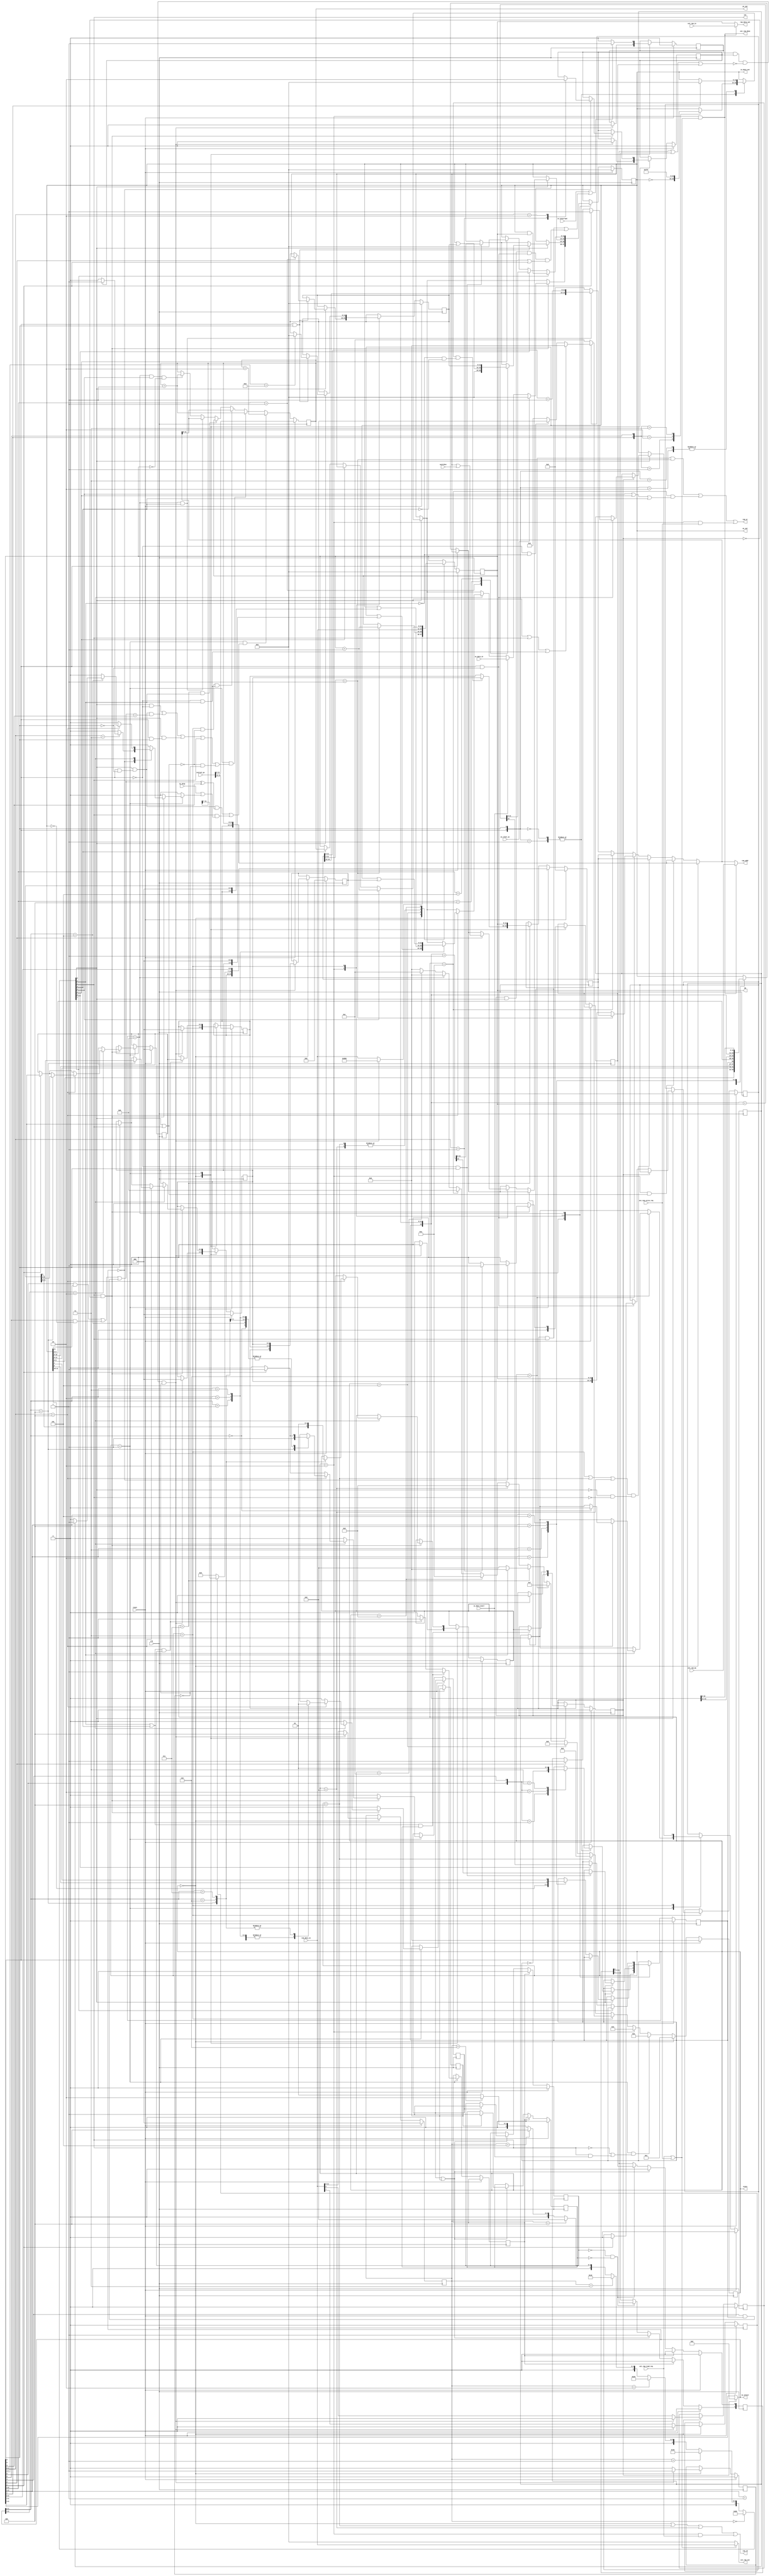
// PDP-8/I in verilog
// copyright Brad Parker <brad@heeltoe.com> 2005-2010
// 
// Based on descriptions in "Computer Engineering" and various PDP-8/I manuals
// fully implements extended memory (IF & DF) and user mode (KT8/I)
//
// Mar 2010
//	co-simulation with simh & behavioral model to boot TSS/8
//	passes 8/I instruction and extended memory diags
//	split out peripherals, added external dma
// Apr 2009
//	major revamp for synthesis, removed latches, added muxes, new top
// Jan 2007
//	cleaned up state machines for synthesis
// 	finished extended memory (IF & DF), user mode (KT8/I)
//	added rf08 registers
// Dec 2006
//	cleaned up a little; now runs focal to prompt
//	moved i/o out to pdp8_io.v
//	added IF, DF, user mode
// Nov 2005 Brad Parker brad@heeltoe.com
//	initial work; runs focal a bit
//

//   
// Instruction format:
//
//  0  1  2   3   4   5   6   7   8   9  10  11
// 11 10  9   8   7   6   5   4   3   2   1   0
// |--op--|
// 0 and
// 1 tad
// 2 isz
// 3 dca
// 4 jms
// 5 jmp
// 6 iot
// 7 opr
// 11 10  9   8   7   6   5   4   3   2   1   0
// group 1
//            0
//               |cla|clf|       |          |
//               |   |   |cma cml|          |
//                               |bsw 001   |
//                               |ral 010   |
//                               |rtl 011   |
//                               |rar 100   |
//                               |rtr 101   |
//                               |          |iac
//
// 11 10  9   8   7   6   5   4   3   2   1   0
// group 2
//            1                               0
//                   |sma|sza|snl|skp|      |
//               |cla|
//                                   |osr|hlt
//
// group 3
// 11 10  9   8   7   6   5   4   3   2   1   0
// eae
//            1                               1
//               |cla|
//                   |mqa|sca|mql|
//                               |isn       |
// 
//

//
// cpu states
//
//  F0 read ram[IF,pc]
//  F1 incr pc
//  F2 ?
//  F3 dispatch
//
// then
//
//    E0 read ram[ea]
//    E1 decode
//    E2 write ram
//    E3 load
//
// or
//
//    D0 read ram[ea]
//    D1 wait
//    D2 write ram
//    D3 load
//
//  H0 halted
//
// ------
// Rules for address calculation
// 0 and
// 1 tad
// 2 isz
// 3 dca
//
// //	11
//	109876543210
//      cccIZooooooo
//
//	bit 8 - indirect
//	bit 7 - page 0
//	bits 6:0 offset
//
//	if 8:7 == 2'b00
//		ea =     IF, pc[11:7], offset[6:0]    ;; current page
//	if 8:7 == 2'b01
//		ea =     IF, 5'b0, offset[6:0]	      ;; page 0
//	if 8:7 == 2'b10
//		ea = (DF, MA( IF, pc[11:7], offset[6:0] ))  ;; *(current page)
//	if 8:7 == 2'b11
//		ea = (DF, MA( IF, 5'b0, offset[6:0] ))      ;; *(page 0)

// 4 jms
// 5 jmp
// 
// ------
// 
//	ea <= if Z
//		if I
//			{DF, 5'b0,     mb[6:0]};
//		else
//			{IF, 5'b0,     mb[6:0]};
//	    else
//		if I
//			{DF, pc[11:7], mb[6:0]};
//		else
//			{IF, pc[11:7], mb[6:0]};
// 
// ------
//
// Actions take during each state:
//
//  F0 fetch
//	ma = {IF,pc}
//	check for interrupt
//
//  F1 incr pc
//	ma = 0
//	ea <= { IF, ir_z_flag ? pc[11:7] : 5'b0, mb[6:0] };
//
//	if opr
//		group 1 processing
// 		group 2 processing
// 
// 	if iot
// 
//	incr pc or skip (incr pc by 2)
// 
//  F2 ??
// 	ma = pc
// 
//  F3 dispatch
//	ma = ea
//	if opr
//		group1 processing
//	if !opr && !iot
// 		possible defer
// 
//  D0
//	ma = ea
//	mb <= ram[ma]
//  D1
//	ma = 0
//  D2 (write index reg)
//	ma = index reg ? ea : {DF,mb}
//	ram_wr = 1
//  D3
//	ea <= mb
//	ma = 0
//
//  E0
//	ma = ea
//	mb <= ram[ma]
//  E1
//	ma = 0
//  E2 (write isz value, dca value, jms return)
//	ma = ea
//	ram_wr = 1
//  E3
//	ma = ea + 1 (only bottom 12 bits)
//

//
// extended memory
//
// 62n1	cdf	change data field; df <= mb[5:3]
// 62n2 cif	change instruction field; if <= mb[5:3], after next jmp or jms
// 6214	rdf     read df into ac[5:3]
// 6224	rif     read if into ac[5:3]
// 6234	rib     read sf into ac[5:0], which is {if,df}
// 6244	rmf     restore memory field, sf => ib, df
// 		(remember that on interrupt, sf <= {if,df})
//

module pdp8(clk, reset, initial_pc, pc_out, ac_out,
	    ram_addr, ram_data_out, ram_data_in, ram_rd, ram_wr,
	    io_select, io_data_out, io_data_in,
	    io_data_avail, io_interrupt, io_skip, io_clear_ac,
	    switches, iot, state, mb,
	    ext_ram_read_req, ext_ram_write_req, ext_ram_done,
	    ext_ram_ma, ext_ram_in, ext_ram_out);

   input clk, reset;
   input [14:0] initial_pc;
   input [11:0] ram_data_in;
   output 	ram_rd;
   output 	ram_wr;
   output [11:0] ram_data_out;
   output [14:0] ram_addr;
   output [11:0] pc_out;
   output [11:0] ac_out;
   
   output [5:0]  io_select;
   input [11:0]  io_data_in;
   output [11:0] io_data_out;

   input 	 io_data_avail;
   input 	 io_interrupt;
   input 	 io_skip;
   input 	 io_clear_ac;

   output 	 iot;
   output [3:0]  state;
   output [11:0] mb;
   
   input [11:0] switches;

   input 	ext_ram_read_req;
   input 	ext_ram_write_req;
   input [14:0] ext_ram_ma;
   input [11:0] ext_ram_in;

   output 	ext_ram_done;
   output [11:0] ext_ram_out;
   

   // memory buffer, holds data, instructions
   reg [11:0] 	mb;

   // generate address of work in memory being accessed
   wire [14:0] 	ma;

   // accumulator & link
   reg [11:0] 	ac;
   reg 		l;

   // MQ
   reg [11:0] 	mq;
   
   // program counter
   reg [11:0] 	pc;
   wire 	pc_incr, pc_skip;

   // instruction register
   reg [2:0] 	ir;
   reg 		ir_z_flag;
   reg 		ir_i_flag;
   

   // extended memory - instruction field & data field
   reg [2:0] 	IF;
   reg [2:0] 	DF;
   reg [2:0] 	IB;
   reg [6:0] 	SF;		// { UF, IF[2:0], DF[2:0] }
   reg 		IB_pending;
   
   // user mode
   reg 		UB;	// user_buffer
   reg 		UF;	// user_flag
   reg		UI;	// user_interrupt
   reg		UB_pending;
 		
   // processor state
   reg [3:0] 	state;
   wire [3:0] 	next_state;

   reg 		run;
   reg 		interrupt_enable;
   reg 		interrupt_cycle;
   reg [1:0]	interrupt_inhibit_delay;
   reg 		interrupt_skip;

   reg 		interrupt;
   
   wire 	interrupt_inhibit;
   wire 	skip_condition;

   wire 	user_interrupt;
 	
   wire 	fetch;	// memory cycle to fetch instruction
   wire 	deferred;// memory cycle to get address of operand
   wire 	execute;// memory cycle to getch (store) operand and execute isn

   assign 	{fetch, deferred, execute} =
		    (state[3:2] == 2'b00) ? 3'b100 :
		    (state[3:2] == 2'b01) ? 3'b010 :
		    (state[3:2] == 2'b10) ? 3'b001 :
		    3'b000 ;

   // instruction op decode
   wire 	i_and,tad,isz,dca,jms,jmp,iot,opr;

   assign 	{i_and,tad,isz,dca,jms,jmp,iot,opr} =
			(ir == 3'b000) ? 8'b10000000 :
			(ir == 3'b001) ? 8'b01000000 :
			(ir == 3'b010) ? 8'b00100000 :
			(ir == 3'b011) ? 8'b00010000 :
			(ir == 3'b100) ? 8'b00001000 :
			(ir == 3'b101) ? 8'b00000100 :
			(ir == 3'b110) ? 8'b00000010 :
		                         8'b00000001 ;


   //-------------

   /*
    * note: bit numbering is opposite that used in "Computer Engineering"
    * 
    * F1
    *	if opr
    * 	  if MB[8] and !MB[0]
    * 	    begin
    * 		if skip.conditions ^ MB[3]
    * 			pc <= pc + 2
    * 		if skip.conditions == MB[3]
    * 			pc <= pc + 1 next
    * 		if MB[7]
    * 			ac <= 0
    *
    * skip conditions are only valid during F1
    *
    */
   assign 	skip_condition = (mb[6] && ac[11]) ||
				 (mb[5] && (ac == 12'b0)) ||
				 (mb[4] && l);

   assign 	pc_incr =
			 /* group 1 */
		  (opr & !mb[8]) ||
			 /* group 2 */
		  (opr && (mb[8] && !mb[0]) && (skip_condition == mb[3])) ||
			 /* group 3? */
		  (opr && (mb[8] && mb[0])) ||
		  iot ||
		  (!(opr || iot) && !interrupt_cycle);

   assign 	pc_skip =
		  (opr && (mb[8] && !mb[0]) && (skip_condition ^ mb[3])) ||
		  (iot && (io_skip || interrupt_skip));

   assign	user_interrupt =
				// i/o operation
				(UF && iot) ||
				// group 2 - user mode halt or osr
				(UF && opr && (mb[8] & !mb[0]) && (mb[2] | mb[1]));
     
   // cpu states
   parameter [3:0]
		F0 = 4'b0000,
		F1 = 4'b0001,
		F2 = 4'b0010,
		F3 = 4'b0011,

		D0 = 4'b0100,
		D1 = 4'b0101,
		D2 = 4'b0110,
		D3 = 4'b0111,

		E0 = 4'b1000,
		E1 = 4'b1001,
		E2 = 4'b1010,
		E3 = 4'b1011,

		H0 = 4'b1100;

   // for display
   assign pc_out = pc;
   assign ac_out = ac;

   //
   // cpu state state machine
   // 
   // clock next cpu state at rising edge of clock
   //

   always @(posedge clk)
     if (reset)
       state <= 0;
     else
       state <= next_state;

   wire next_is_F0;
   wire next_is_E0;
   
   assign next_is_F0 = opr | iot | (!mb[8] & jmp);
   assign next_is_E0 = !mb[8] & !jmp;
    
   assign next_state = state == F0 ? F1 :
		       state == F1 && (~iot | (iot & io_data_avail)) ? F2 :
//		       state == F1 && (iot & ~io_data_avail) ? F1 :
		       state == F2 ? F3 :
		       state == F3 ? (~run ? H0 :
				      next_is_F0 ? F0 :
				      next_is_E0 ? E0 :
				      D0) :
		       state == D0 ? D1 :
		       state == D1 ? D2 :
		       state == D2 ? D3 :
		       state == D3 ? (jmp ? F0 : E0) :
		       state == E0 ? E1 :
		       state == E1 ? E2 :
		       state == E2 ? E3 :
		       state == E3 ? F0 :
		       state == H0 ? H0 :
		       F0;

   //
   // pc
   //
   wire [11:0] pc_mux;

   always @(posedge clk)
     if (reset)
       pc <= initial_pc[11:0];
     else
       begin
	  pc <= pc_mux;
       end

   assign pc_mux = (state == F1 && pc_skip) ? (pc + 12'd2) :
		   (state == F1 && pc_incr) ? (pc + 12'd1) :
		   (state == F3 && !(opr || iot) && (!mb[8] & jmp)) ? ma[11:0] :
		   (state == D3 && jmp) ? mb :
		   (state == E3 && jms) ? ma[11:0] :
		   (state == E3 && isz && mb == 12'b0) ? (pc + 12'd1) :
		   pc;

   //
   // ram
   //
   wire is_index_reg;

   assign ram_rd = (state == F0) ||
		   (state == D0) ||
		   (state == E0) ||
		   (state == F2 && ext_ram_read_req);

   assign ram_wr = (state == D2 && is_index_reg) ||
		   (state == E2 && (isz || dca || jms)) ||
		   (state == F2 && ext_ram_write_req);

   /* peripherals get ram access during F2 */
   wire ext_ram_req;
   wire ext_ram_grant;
   
   assign ext_ram_req = ext_ram_read_req | ext_ram_write_req;
   assign ext_ram_done = state == F2 && ext_ram_req;
   assign ext_ram_grant = state == F2 && ext_ram_req;
   assign ext_ram_out = ext_ram_req ? ram_data_in : 12'b0;
   
   assign ram_addr = ext_ram_grant ? ext_ram_ma : ma;
   assign ram_data_out = ext_ram_grant ? ext_ram_in : mb;

   assign io_select = UF ? 6'b0 : mb[8:3];
   assign io_data_out = ac;

   //
   // ea calculation
   //
   reg [14:0] ea;

   always @(posedge clk)
     if (reset)
       ea <= 0;
     else
	  if (state == F1)
	    ea <= { IF, ir_z_flag ? pc[11:7] : 5'b0, mb[6:0] };
	  else
	    if (state == D3)
	      ea <= { (ir_i_flag && (!jmp && !jms)) ? DF : IF, mb };

   assign is_index_reg = ea[11:3] == 9'o001;
   
   //
   // ma
   //
   assign ma = (state == F0) ? {IF,pc} :
               (state == F2 && (opr || iot)) ? {IF,pc} :
	       ((state == F3 || state == D0 || state == E0) &&
		(!opr && !iot)) ? ea :
	       (state == D2) ? (is_index_reg ? ea : {DF,mb}) :
	       (state == E2 ) ? ea :
	       (state == E3 && jms) ? {ea[14:12], ea[11:0] + 12'b1} :
	       15'b0;

   //
   // interrupt defer logic
   //
   reg 	  interrupt_inhibit_clear;
   reg 	  interrupt_inhibit_ib;
   reg 	  interrupt_inhibit_ub;
   reg 	  interrupt_inhibit_ion;

   assign interrupt_inhibit = interrupt_inhibit_delay[0] |
			      interrupt_inhibit_delay[1] |
			      interrupt_inhibit_ion;

   always @(posedge clk)
     if (reset)
       begin
	  interrupt_inhibit_delay <= 2'b00;
	  IB_pending <= 0;
	  UB_pending <= 0;
       end
     else
       if (interrupt_inhibit_clear)
	 begin
   	    interrupt_inhibit_delay <= 2'b00;
	    IB_pending <= 1'b0;
	    UB_pending <= 1'b0;
	 end
       else
	 if (interrupt_inhibit_ib || interrupt_inhibit_ub)
	   begin
   	      interrupt_inhibit_delay <= 2'b10;
	      if (interrupt_inhibit_ib)
		IB_pending <= 1;
	      if (interrupt_inhibit_ub)
		UB_pending <= 1;
	   end
	 else
	   if (~IB_pending && ~UB_pending)
	     begin
		interrupt_inhibit_delay[1] <= interrupt_inhibit_delay[0];
		interrupt_inhibit_delay[0] <= interrupt_inhibit_ion;
	     end

   //
   // combinatorial
   //
   always @(*)
     begin
	/* defaults - these should be comb logic */
//	interrupt_inhibit_clear = 1'b0;
//	interrupt_inhibit_ion = 1'b0;
//	interrupt_inhibit_ib = 1'b0;
//	interrupt_inhibit_ub = 1'b0;

	interrupt_skip = 0;
	
	/* verilator lint_off CASEINCOMPLETE */
	case (state)
	  F1:
	    begin

//	      if ((jmp || jms) && IB_pending)
//		begin
//		   interrupt_inhibit_clear = 1'b1;
//		end

//	      if ((jmp || jms) && UB_pending)
//		begin
//		   interrupt_inhibit_clear = 1'b1;
//		end
	       
	       if (iot && ~UF)
		 begin
		    /* verilator lint_off CASEINCOMPLETE */
		    casez (io_select)
		      6'b000000:	// ION, IOF
			case (mb[2:0])
//			  3'b001:
//			   interrupt_inhibit_ion = 1'b1;
			  3'b011:
			    if (interrupt_enable)
			      interrupt_skip = 1;
			endcase
		      
		      6'b010???:	// CDF..RMF
			begin
//			  if (mb[1])
//			    begin		// CIF
//			       interrupt_inhibit_ib = 1'b1;
//			    end

			  if (mb[2:0] == 3'b100)
			    begin
			      case (io_select[2:0])
//				3'b100: begin				// RMF
//				   interrupt_inhibit_ib = 1'b1;
//				   interrupt_inhibit_ub = 1'b1;
//				end

				3'b101:					// SINT
				  begin
`ifdef debug
				     $display("SINT: UI %b, state %b",
					      UI, state);
`endif
				     if (UI)
				       interrupt_skip = 1;
				  end

//				3'b110:					// CUF
//				  begin
//				     interrupt_inhibit_ub = 1'b1;
//				  end
				
//				3'b111:					// SUF
//				  begin
//				     interrupt_inhibit_ub = 1'b1;
//				  end
			      endcase
			    end
			  
			end
		    endcase // casex(io_select)
		    /* verilator lint_on CASEINCOMPLETE */
		    
		 end // if (iot && ~UF)
	    end

	endcase
	/* verilator lint_on CASEINCOMPLETE */
     end
   
     
   //
   // registers
   //
   always @(posedge clk)
     if (reset)
       begin
	  mb <= 0;
	  ac <= 0;
	  mq <= 0;
	  l <= 0;

	  ir <= 3'b000;
	  ir_z_flag <= 1'b0;
	  ir_i_flag <= 1'b0;

	  run <= 1;
	  interrupt_enable <= 0;
	  interrupt_cycle <= 0;
	  interrupt <= 0;
	  UI <= 0;
	  IF <= initial_pc[14:12];
	  DF <= 0;
	  IB <= 0;
	  SF <= 0;
	  UF <= 0;
	  UB <= 0;
       end
     else
       case (state)
	 //
	 // FETCH 
	 //
	 F0:
	   begin
//	      interrupt_skip = 0;
	      interrupt_inhibit_ion = 1'b0;
	      
	      if (interrupt && interrupt_enable &&
		  !interrupt_inhibit && !interrupt_cycle)
		begin
`ifdef debug
		   if (1)
		   $display("xxx interrupt, pc %o; %b %b %b; %b %b",
			    pc,
			    interrupt, interrupt_enable, interrupt_cycle,
			    interrupt_inhibit, interrupt_inhibit_delay);
`endif
		   interrupt_cycle <= 1;
		   interrupt <= 0;
		   interrupt_enable <= 0;

		   // simulate a jsr to 0
		   mb <= 12'o4000;
		   ir <= 3'o4;
		   ir_i_flag <= 1'b0;
		   ir_z_flag <= 1'b0;
		   SF <= {UF,IF,DF};
		   IF <= 3'b000;
		   DF <= 3'b000;
		   UF <= 1'b0;
		   UB <= 1'b0;
		end
	      else
		begin
		   interrupt_cycle <= 0;

`ifdef debug
		   if (0)
		   $display("cpu: read ram [%o] -> %o", ram_addr, ram_data_in);
`endif
		   
		   mb <= ram_data_in;
		   ir <= ram_data_in[11:9];
		   ir_i_flag <= ram_data_in[8];
		   ir_z_flag <= ram_data_in[7];
		end
	   end

	 F1:
	   begin
	      /* defaults - these should be comb logic */
	      interrupt_inhibit_clear = 1'b0;
	      interrupt_inhibit_ion = 1'b0;
	      interrupt_inhibit_ib = 1'b0;
	      interrupt_inhibit_ub = 1'b0;

//	      interrupt_skip = 0;
	      
   	      /* defered loading of IF from IB at next jmp/jms */
	      if ((jmp || jms) && IB_pending)
		begin
		   //$display("loading IF %o", IB);
		   IF <= IB;
		   interrupt_inhibit_clear = 1'b1;
		end

	      if ((jmp || jms) && UB_pending)
		begin
		   UF <= UB;
		   interrupt_inhibit_clear = 1'b1;
		end

	      if (opr)
		case ({mb[8],mb[0]})
		  2'b00, 2'b01:	// group 1
		    begin
		       case ({mb[7],mb[5]})
			 2'b00: ;
			 2'b01: ac <= ~ac;
			 2'b10: ac <= 12'o0;
			 2'b11: ac <= 12'o7777;
		       endcase

		       case ({mb[6],mb[4]})
			 2'b00: ;
			 2'b01: l <= ~l;
			 2'b10: l <= 1'b0;
			 2'b11: l <= 1'b1;
		       endcase
		    end

		  2'b10:	// group 2
		    begin
		       if (mb[7])
			 ac <= 0;
		    end

		  2'b11:	// group 3
		    begin
		       if (mb[7])
			 ac <= 0;
		    end
		endcase

	      if (iot && UF)
		begin
		   UI <= 1;
`ifdef debug
		   $display("user iot: set UI");
`endif
		end

	      if (iot && ~UF)
		begin
		   /* verilator lint_off CASEINCOMPLETE */
		   casez (io_select)
		     6'b000000:	// ION, IOF
		       case (mb[2:0])
			 3'b001:
			   begin
			      interrupt_enable <= 1;
			      interrupt_inhibit_ion = 1'b1;
			   end
			 3'b010: interrupt_enable <= 0;
//			 3'b011: if (interrupt_enable)
//				       interrupt_skip = 1;
		       endcase

		     6'b010???:	// CDF..RMF
		       begin
			  if (mb[0])
			    DF <= mb[5:3];	// CDF

			  if (mb[1])
			    begin		// CIF
			       IB <= mb[5:3];
			       interrupt_inhibit_ib = 1'b1;
			    end
			  
			  if (mb[2:0] == 3'b100)
			    begin
			      case (io_select[2:0])
				3'b000: UI <= 0;			// CINT

				3'b001: ac <= ac | { 6'b0, DF, 3'b0 };	// RDF
				3'b010: ac <= ac | { 6'b0, IF, 3'b0 };	// RIF
				3'b011: ac <= ac | { 5'b0, SF };	// RIB
				3'b100: begin				// RMF
				   UB <= SF[6];
				   IB <= SF[5:3];
				   DF <= SF[2:0];
				   interrupt_inhibit_ib = 1'b1;
				   interrupt_inhibit_ub = 1'b1;
			  	end

				3'b101:					// SINT
				  begin
`ifdef debug
				     $display("SINT: UI %b, state %b",
					      UI, state);
`endif
//				     if (UI)
//				       interrupt_skip = 1;
				  end

				3'b110:					// CUF
				  begin
				     UB <= 0;
				     interrupt_inhibit_ub = 1'b1;
				  end
				
				3'b111:					// SUF
				  begin
				     UB <= 1;
				     interrupt_inhibit_ub = 1'b1;
				  end
			      endcase
			    end // if (mb[2:0] == 3'b100)
		       end
		   endcase // case(io_select)
		   /* verilator lint_on CASEINCOMPLETE */
		   
		   if (io_data_avail)
		     begin
`ifdef debug
			if (0) $display("io_data clock %o", io_data_in);
`endif
			ac <= io_data_in;
		     end

		   if (io_clear_ac)
		     begin
			ac <= 0;
		     end

		end // if (iot)
	      
	      if (io_interrupt || user_interrupt)
		begin
`ifdef debug
		   if (0)
		   $display("xxx F1 interrupt; (%b %b %b; %b %b; %b %b %b)",
			    interrupt_enable, 
			    interrupt_inhibit,
			    interrupt_cycle,
			    io_interrupt, iot && UF,
			    IB_pending, UB_pending,
			    interrupt_inhibit_delay);
`endif

		   interrupt <= 1;
		end
	      else
		   interrupt <= 0;

	   end // case: F1

	 F2:
	   begin
	      if (opr)
		begin
		   // group 1
		   if (!mb[8] && mb[0])		/* IAC */
		     {l,ac} <= {l,ac} + 13'o00001;

	     	   // group 3
		   if (mb[8] & mb[0])
		     /* verilator lint_off CASEINCOMPLETE */
		     case ({mb[6:4]})
		       3'b001:			/* MQL */
			 begin
			    mq <= ac;
			    ac <= 0;
			 end
		       3'b100: ac <= ac | mq;	/* MQA */
		       3'b101: ac <= mq;
		     endcase
		   /* verilator lint_on CASEINCOMPLETE */
		end
	   end

	 F3:
	   begin
	      if (opr)
		begin
		   // group 1
		   if (!mb[8])
		     begin
			case (mb[3:1])
			  3'b000: ;
			  3'b001:		// BSW
			    {l,ac} <= {l,ac[5:0],ac[11:6]};
			  3'b010:		// RAL
			    {l,ac} <= {ac[11:0],l};
			  3'b011:		// RTL
			    {l,ac} <= {ac[10:0],l,ac[11]};
			  3'b100:		// RAR
			    {l,ac} <= {ac[0],l,ac[11:1]};
			  3'b101:		// RTR
			    {l,ac} <= {ac[1:0],l,ac[11:2]};
			  3'b110: ;
			  3'b111: ;
			endcase
		     end

		   if (!UF)
		     begin
			// group 2
			if (mb[8] & !mb[0])
			  begin
			     if (mb[2])
			       ac <= ac | switches;
			     if (mb[1])
			       begin
`ifdef debug
				  $display("HLT! %o", mb);
`endif
				  run <= 0;
			       end
			  end
		     end

		   if (UF)
		     begin
			// group 2 - user mode (halt & osr)
			if (mb[8] & !mb[0])
			  begin
			     if (mb[2])
			       UI <= 1;
			     if (mb[1])
			       UI <= 1;
			  end
		     end

		   // group 3
		   if (mb[8] & mb[0])
		     begin
			if (mb[7:4] == 4'b1101)
			  mq <= 0;
		     end
		   
		end // if (opr)

	   end // case: F3
	 
	 //
	 // DEFER
	 //
	 D0:
	   begin
`ifdef debug
	      if (0) $display("read ram [%o] -> %o", ram_addr, ram_data_in);
`endif
	      mb <= ram_data_in;
	   end

	 D1:
	   begin
	      // auto increment locations
	      if (is_index_reg)
		mb <= mb + 1;
	   end

	 D2:
	   begin
`ifdef debug
	      // write ram
	      if (ram_wr)
	      if (0) $display("write ram [%o] <- %o", ram_addr, ram_data_out);
`endif
	   end
	 
	 D3:
	   begin
	   end

	 //
	 // EXECUTE
	 //
	 E0:
	   begin
`ifdef debug
	      if (0) $display("read ram [%o] -> %o", ram_addr, ram_data_in);
`endif
	      mb <= ram_data_in;
	   end

	 E1:
	   begin
	      if (i_and)
		begin
		end

	      if (isz)
		   mb <= mb + 1;
	      else
		if (dca)
		  mb <= ac;
		else
		  if (jms)
		    mb <= pc;
	   end

	 E2:
	   begin
	      // write ram
`ifdef debug
	      if (ram_wr)
	      if (0) $display("write ram [%o] <- %o (pc %o)",
				ram_addr, ram_data_out, pc);
`endif
	   end
	 
	 E3:
	   begin
	      if (i_and)
		ac <= ac & mb;
	      else
		if (tad)
		  {l,ac} <= {l,ac} + {1'b0,mb};
		else
		  if (dca)
		    ac <= 0;
	   end // case: E3

	 default:
	   ;
	 
       endcase // case(state)
   
endmodule